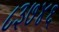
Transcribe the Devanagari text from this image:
८३७४६